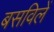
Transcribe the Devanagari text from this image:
बसविलें